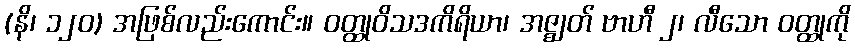
(နိ၊ ၁၂၀) အဖြစ်လည်းကောင်း။ ဝတ္ထုဝိသဒကိရိယာ၊ အဇ္ဈတ် ဗာဟီ ၂၊ လီသော ဝတ္ထုကို